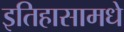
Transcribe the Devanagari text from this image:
इतिहासामधे